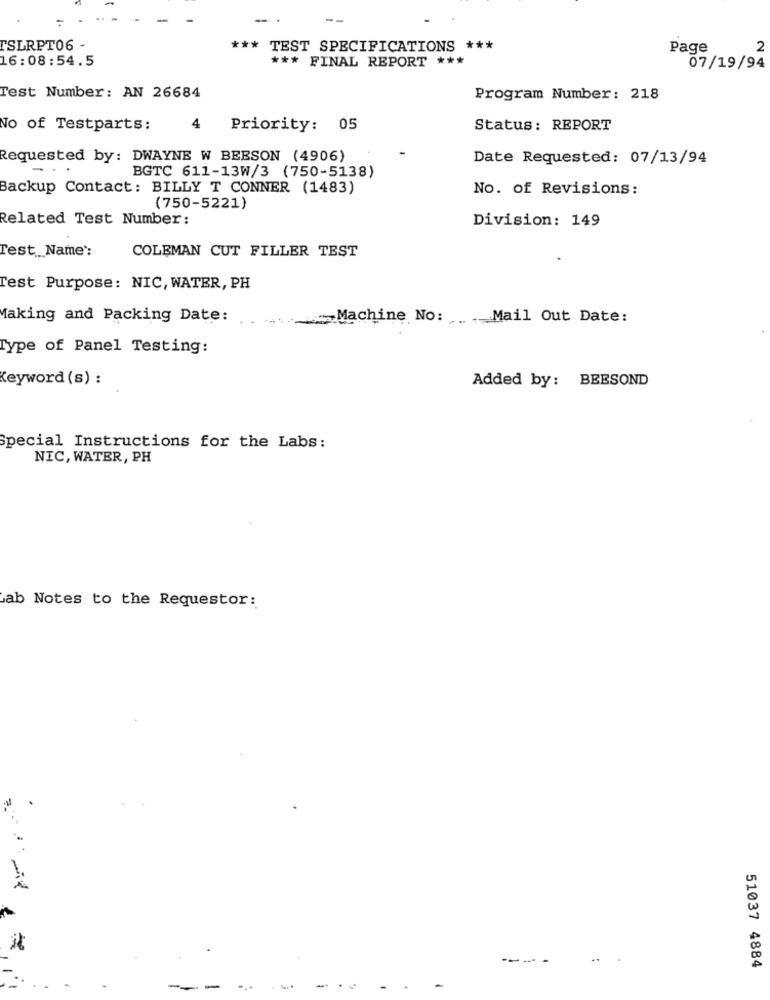
--
TSLRPT06 -
*** TEST SPECIFICATIONS ***
Page
2
16:08:54.5
*** FINAL REPORT ***
07/19/94
Test Number: AN 26684
Program Number: 218
No of Testparts:
4
Priority: 05
Status: REPORT
Requested by: DWAYNE W BEESON (4906)
Date Requested: 07/13/94
BGTC 611-13W/3 (750-5138)
Backup Contact: BILLY T CONNER (1483)
No. of Revisions:
(750-5221)
Related Test Number:
Division: 149
Test _Name':
COLEMAN CUT FILLER TEST
Test Purpose: NIC, WATER, PH
Making and Packing Date:
Machine No: ... Mail Out Date:
Type of Panel Testing:
Keyword (s) :
Added by: BEESOND
Special Instructions for the Labs:
NIC, WATER, PH
ab Notes to the Requestor:
-----
..
51037 4884